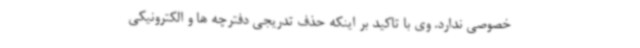
خصوصی ندارد. وی با تاکید بر اینکه حذف تدریجی دفترچه ها و الکترونیکی